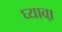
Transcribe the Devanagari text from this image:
घ्यावा़